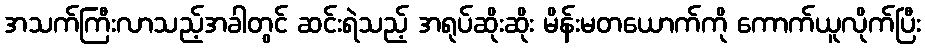
အသက်ကြီးလာသည့်အခါတွင် ဆင်းရဲသည့် အရုပ်ဆိုးဆိုး မိန်းမတယောက်ကို ကောက်ယူလိုက်ပြီး